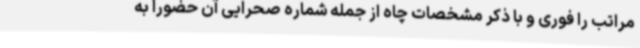
مراتب را فوری و با ذکر مشخصات چاه از جمله شماره صحرایی آن حضورا به